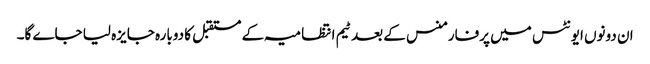
ان دونوں ایونٹس میں پرفارمنس کے بعد ٹیم انتظامیہ کے مستقبل کا دوبارہ جایزہ لیا جاے گا۔